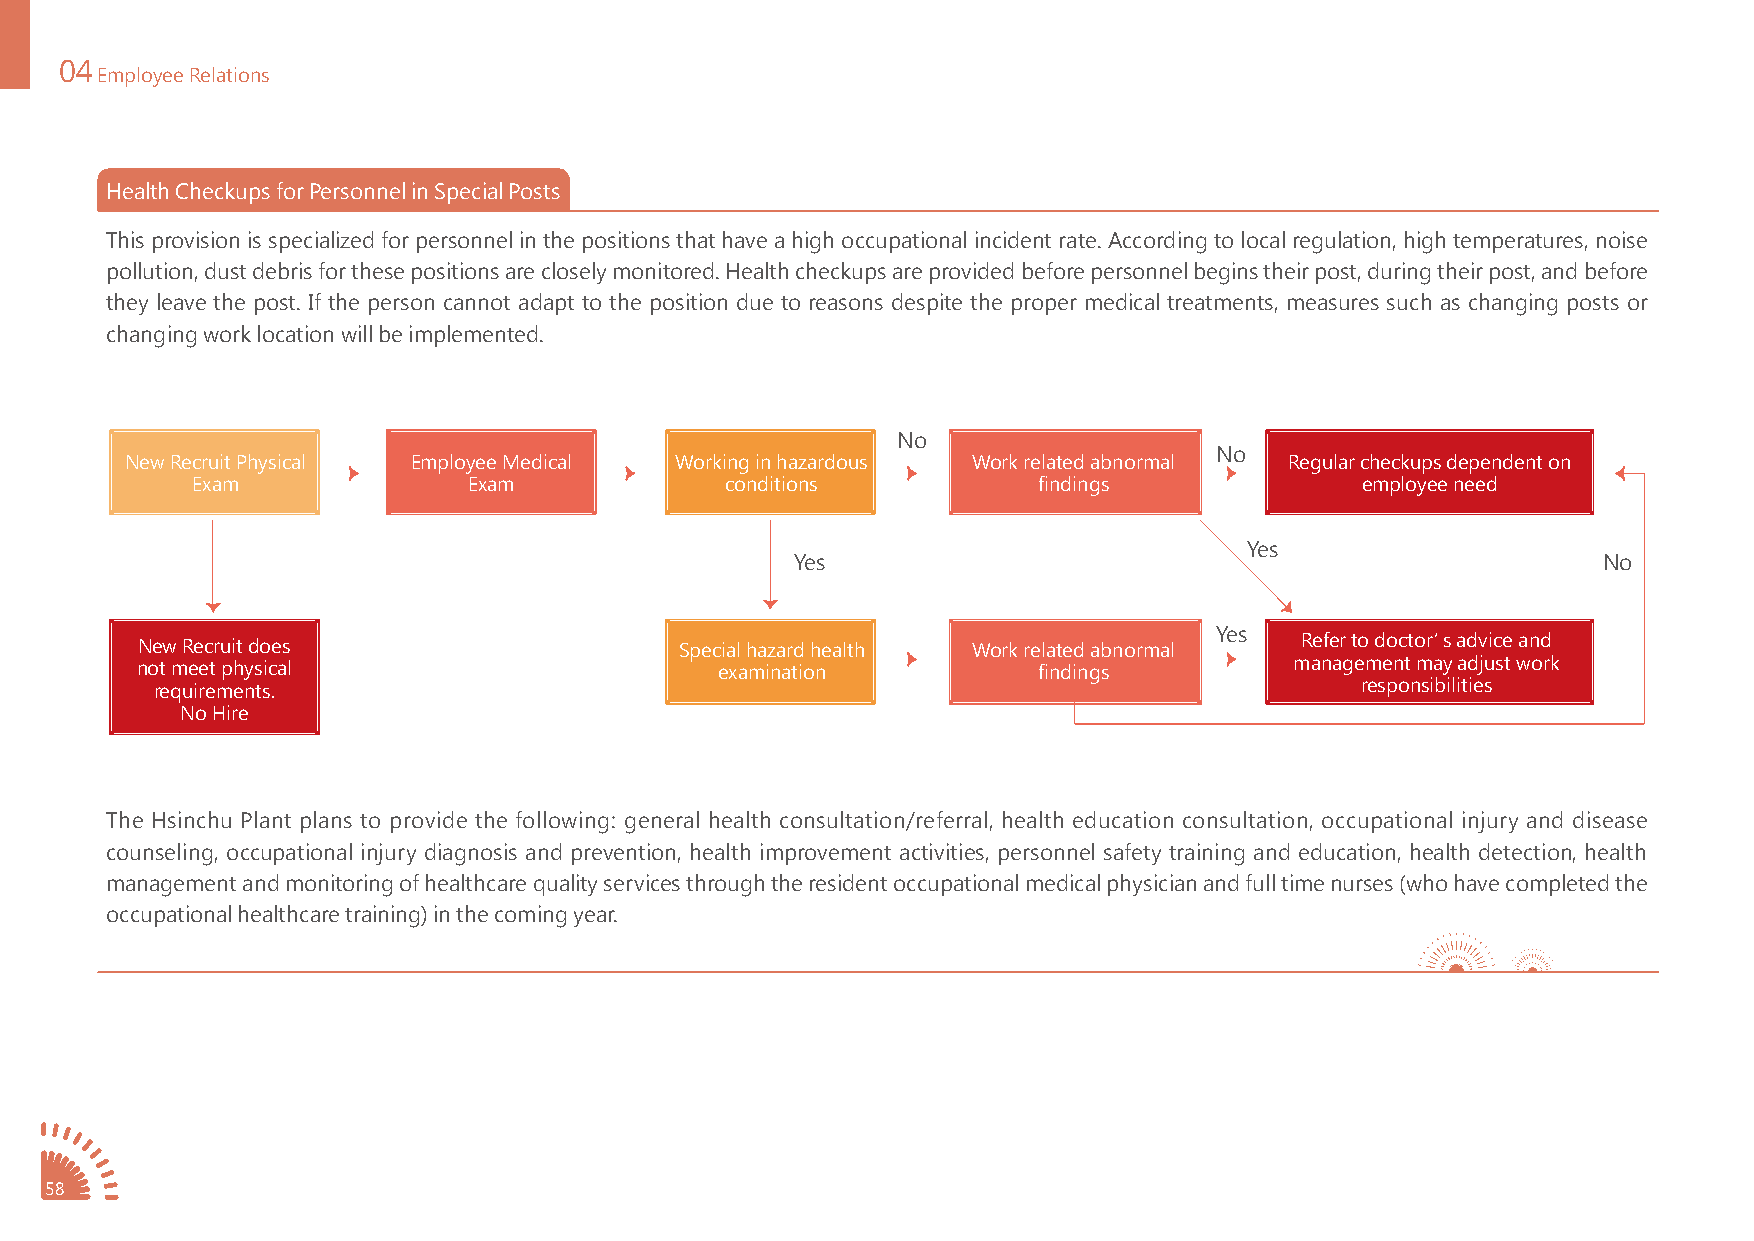
04
 Employee Relations
 Health Checkups for Personnel in Special Posts
 This provision is specialized for personnel in the positions that have a high occupational incident rate. According to local regulation, high temperatures, noise
 pollution, dust debris for these positions are closely monitored. Health checkups are provided before personnel begins their post, during their post, and before
 they leave the post. If the person cannot adapt to the position due to reasons despite the proper medical treatments, measures such as changing posts or
 changing work location will be implemented.
 No
 No
 New Recruit Physical Employee Medical Working in hazardous Work related abnormal Regular checkups dependent on
 Exam              Exam             conditions           findings             employee need
 Yes
 Yes                                                  No
 Yes
 New Recruit does                    Special hazard health Work related abnormal Refer to doctor’s advice and
 not meet physical                      examination          findings         management may adjust work
 requirements.                                                                   responsibilities
 No Hire
 The Hsinchu Plant plans to provide the following: general health consultation/referral, health education consultation, occupational injury and disease
 counseling, occupational injury diagnosis and prevention, health improvement activities, personnel safety training and education, health detection, health
 management and monitoring of healthcare quality services through the resident occupational medical physician and full time nurses (who have completed the
 occupational healthcare training) in the coming year.
 58